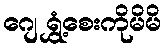
ဂျေ ရွှံ့စေးကိုမိမိ